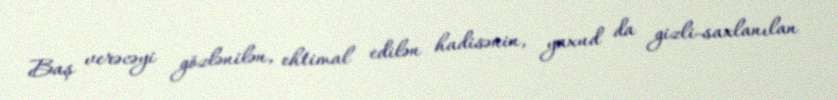
Baş verəcəyi gözlənilən, ehtimal edilən hadisənin, yaxud da gizli-saxlanılan